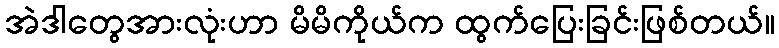
အဲဒါတွေအားလုံးဟာ မိမိကိုယ်က ထွက်ပြေးခြင်းဖြစ်တယ်။